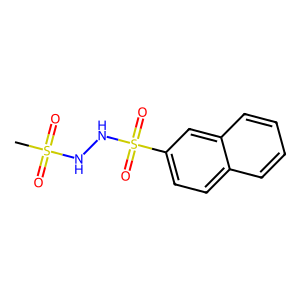
SMILES: CS(=O)(=O)NNS(=O)(=O)c1ccc2ccccc2c1
Inhibits HIV replication: No